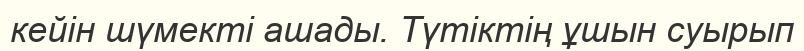
кейін шүмекті ашады. Түтіктің ұшын суырып